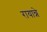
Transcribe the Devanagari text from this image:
रायान्ने